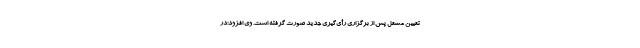
تعیین مشعل پس از برگزاری رأی‌گیری جدید صورت گرفته است. وی افزود:در